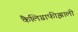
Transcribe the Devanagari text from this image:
कैलिग्राफीझाली